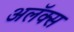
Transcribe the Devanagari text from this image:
अलॅक्स